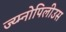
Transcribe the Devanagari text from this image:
ज्य्म्नोपिलीउस